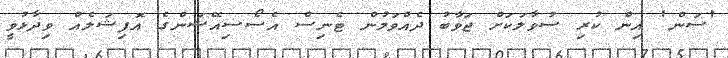
'ސަން' އިން ކުރި ސުވާލަކަށް ޖަވާބު ދެއްވަމުން ޓެނިސް އެސޯސިއޭޝަންގެ އޮފިޝަލެއް ވިދާޅުވީ